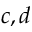
c , d